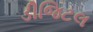
ડીજિટલ